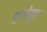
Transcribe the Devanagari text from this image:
कुलोद्भूत